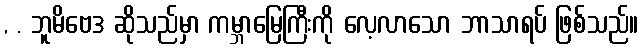
, . ဘူမိဗေဒ ဆိုသည်မှာ ကမ္ဘာမြေကြီးကို လေ့လာသော ဘာသာရပ် ဖြစ်သည်။